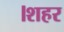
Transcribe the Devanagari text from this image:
।शहर